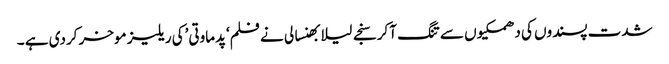
شدت پسندوں کی دھمکیوں سے تنگ آکر سنجے لیلا بھنسالی نے فلم‘پدماوتی’کی ریلیز موخر کردی ہے ۔